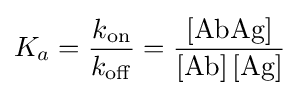
K_{a}={\frac {k_{{\ce {on}}}}{k_{{\ce {off}}}}}={\frac {{\ce {[AbAg]}}}{{\ce {[Ab] [Ag]}}}}